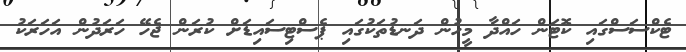
ޓެކްސަސްގައި ކޮޓަން ހައްދާ މީހުން ދަނޑުތަކުގައި ޕެސްޓިސައިޑަށް ކުރަން ޖެހޭ ހަރަދުން އަހަރަކު